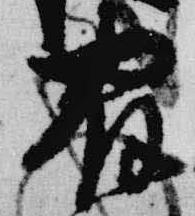
宿